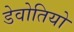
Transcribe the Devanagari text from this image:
डेवोतियो